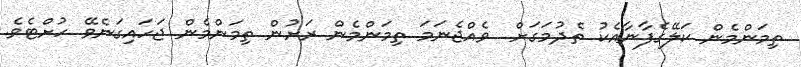
ތިމަންމެން ކަލޭގެފާނާއެކު ތެދުމަގަށް  ވެއްޖެނަމަ ތިމަންމެން ރަށުން ތިމަންމެން ޖަހައިގަނެވޭ ހުށްޓެވެ.